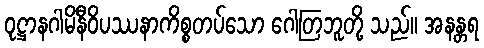
ဝုဋ္ဌာနဂါမိနီဝိပဿနာကိစ္စတပ်သော ဂေါတြဘူတို့ သည်။ အနန္တရ